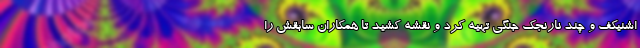
اشنیکف و چند نارنجک جنگی تهیه کرد و نقشه کشید تا همکاران سابقش را